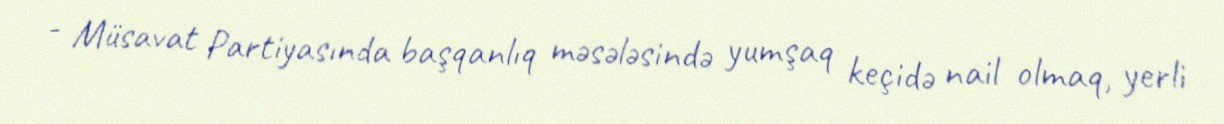
- Müsavat Partiyasında başqanlıq məsələsində yumşaq keçidə nail olmaq, yerli